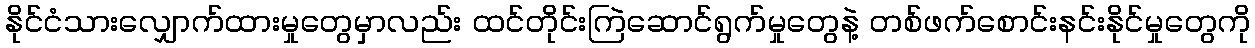
နိုင်ငံသားလျှောက်ထားမှုတွေမှာလည်း ထင်တိုင်းကြဲဆောင်ရွက်မှုတွေနဲ့ တစ်ဖက်စောင်းနင်းနိုင်မှုတွေကို